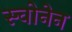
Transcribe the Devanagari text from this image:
स्चोनेन